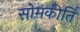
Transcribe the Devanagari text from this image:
सोमकीर्ति